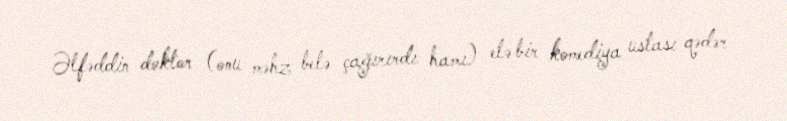
Əlfəddin doktor (onu məhz belə çağırırdı hamı) elə bir komediya ustası qədər